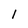
Character: l